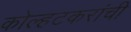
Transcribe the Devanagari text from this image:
कोल्हटकरांची